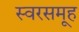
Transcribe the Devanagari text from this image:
स्वरसमूह